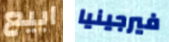
ابيع فيرجينيا